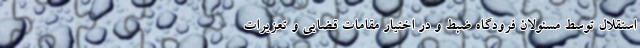
استقلال توسط مسئولان فرودگاه ضبط و در اختیار مقامات قضایی و تعزیرات